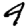
Digit: 4